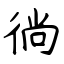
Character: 徜